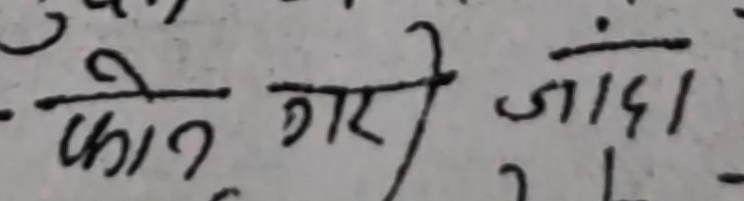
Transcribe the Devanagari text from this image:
को गरी जाँदा